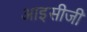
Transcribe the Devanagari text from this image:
आइसीजी